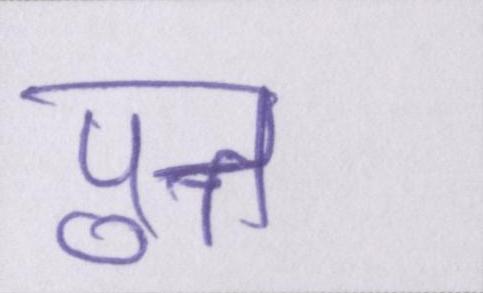
पुत्त